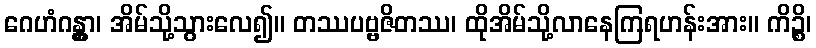
ဂေဟံဂန္တွာ၊ အိမ်သို့သွားလေ၍။ တဿပဗ္ဗဇိတဿ၊ ထိုအိမ်သို့လာနေကြရဟန်းအား။ ကိဉ္စိ၊